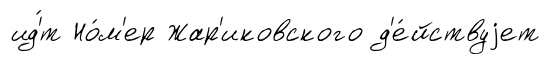
ид'́т Но́м'ер Жар'иковского д'е́йствуjет